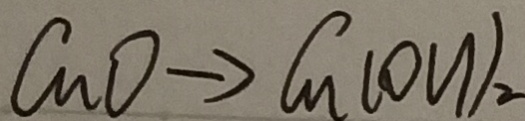
C u O \rightarrow C u ( O H ) _ { 2 }